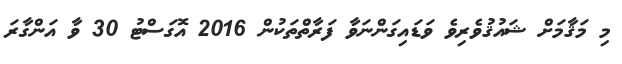
މި މަޤާމަށް ޝައުޤުވެރިވެ ވަޑައިގަންނަވާ ފަރާތްތަކުން 2016 އޮގަސްޓު 30 ވާ އަންގާރަ